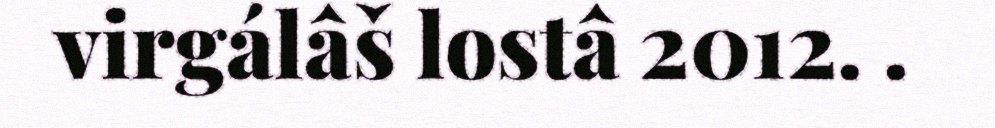
virgálâš lostâ 2012. .